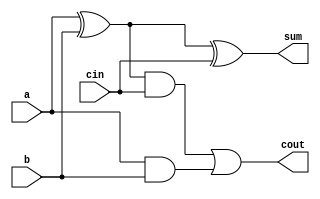
module fullAdder (
  input a, b, cin,
  output cout, sum
);
  assign sum = (a ^ b) ^ cin;
  assign cout = ((a ^ b) & cin) | (a & b);
endmodule

module top_module (
  input [2:0] a, b,
  input cin,
  output [2:0] cout,
  output [2:0] sum
); 

  fullAdder fa0(a[0], b[0], cin, cout[0], sum[0]);

  genvar i;
  generate
    for (i = 1; i < 3; i = i + 1) begin : fullAdder
      fullAdder fa(a[i], b[i], cout[i-1], cout[i], sum[i]);
    end
  endgenerate

endmodule